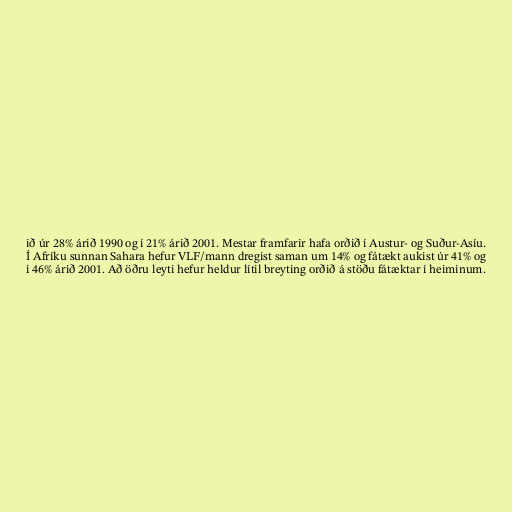
ið úr 28% árið 1990 og í 21% árið 2001. Mestar framfarir hafa orðið í Austur- og Suður-Asíu.
Í Afríku sunnan Sahara hefur VLF/mann dregist saman um 14% og fátækt aukist úr 41% og
í 46% árið 2001. Að öðru leyti hefur heldur lítil breyting orðið á stöðu fátæktar í heiminum.